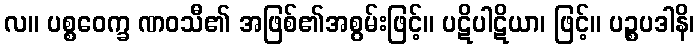
လ။ ပစ္စဝေက္ခ ဏဝသီ၏ အဖြစ်၏အစွမ်းဖြင့်။ ပဋိပါဋိယာ၊ ဖြင့်။ ပဉ္စပဒါနိ၊